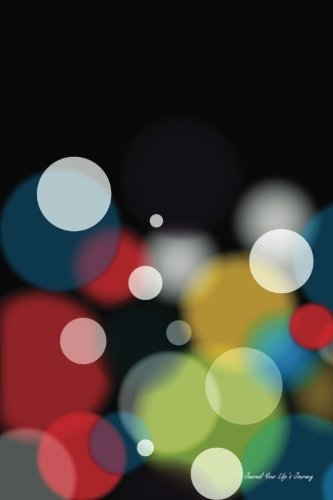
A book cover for Journal Your Life's Journey: Colorful Blurred Bokeh Bubbles, Lined Journal, 6 x 9, 100 Pages; Journal Your Life's Journey; Crafts, Hobbies & Home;